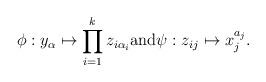
LaTeX: \begin{align*}\phi: y_{\alpha} \mapsto \prod_{i=1}^k z_{i \alpha_i} \text{and} \psi: z_{ij} \mapsto x_j^{a_j}.\end{align*}